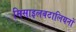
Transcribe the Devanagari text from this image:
मिसाइलबटालियनों